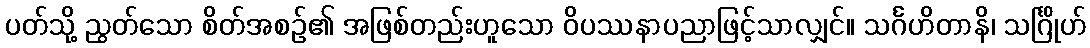
ပတ်သို့ ညွတ်သော စိတ်အစဉ်၏ အဖြစ်တည်းဟူသော ဝိပဿနာပညာဖြင့်သာလျှင်။ သင်္ဂဟိတာနိ၊ သင်္ဂြိုဟ်